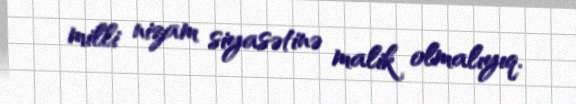
milli nizam siyasətinə malik olmalıyıq.